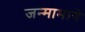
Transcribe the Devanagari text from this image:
जन्मामागे